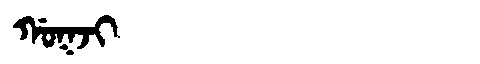
Manchu: ᡤᠣᡴᠵᡳ
Romanization: GOKJI